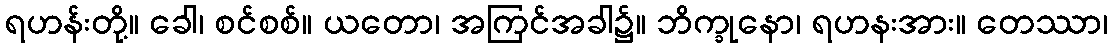
ရဟန်းတို့။ ခေါ၊ စင်စစ်။ ယတော၊ အကြင်အခါ၌။ ဘိက္ခုနော၊ ရဟနးအား။ တေဿာ၊